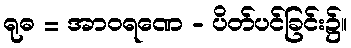
ရုဓ = အာဝရဏေ - ပိတ်ပင်ခြင်း၌။